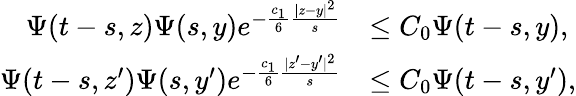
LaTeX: \begin{array}{rl}{\Psi(t-s,z)\Psi(s,y)e^{-\frac{c_{1}}{6}\frac{|z-y|^{2}}{s}}}&{\le C_{0}\Psi(t-s,y),}\\ {\Psi(t-s,z^{\prime})\Psi(s,y^{\prime})e^{-\frac{c_{1}}{6}\frac{|z^{\prime}-y^{\prime}|^{2}}{s}}}&{\le C_{0}\Psi(t-s,y^{\prime}),}\end{array}